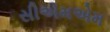
સીએમએમ